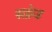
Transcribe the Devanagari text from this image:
सक्रेड